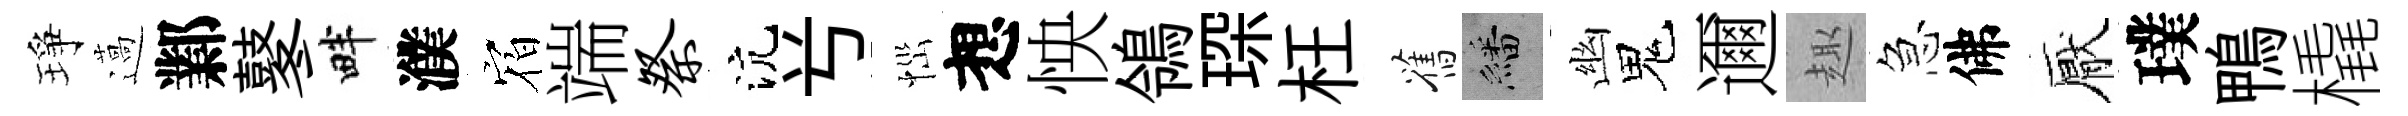
琤薖鄴鼕畔濮𪧐端祭沆𠔃𢙉想怏鴒琛枉舊繙幽鬼邇趣急佛厭璞鴨橇